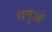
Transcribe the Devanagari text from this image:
धतुओं